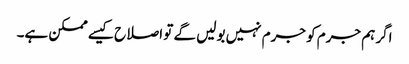
اگر ہم جرم کو جرم نہیں بولیں گے تو اصلاح کیسے ممکن ہے۔